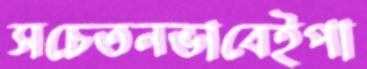
সচেতনভাবেইপা